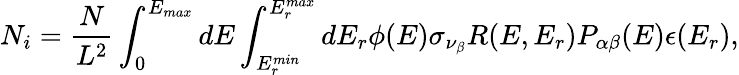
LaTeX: N_{i}=\frac{N}{L^{2}}\int_{0}^{E_{max}}dE\int_{E_{r}^{min}}^{E_{r}^{max}}dE_{r}\phi(E)\sigma_{\nu_{\beta}}R(E,E_{r})P_{\alpha\beta}(E)\epsilon(E_{r}),